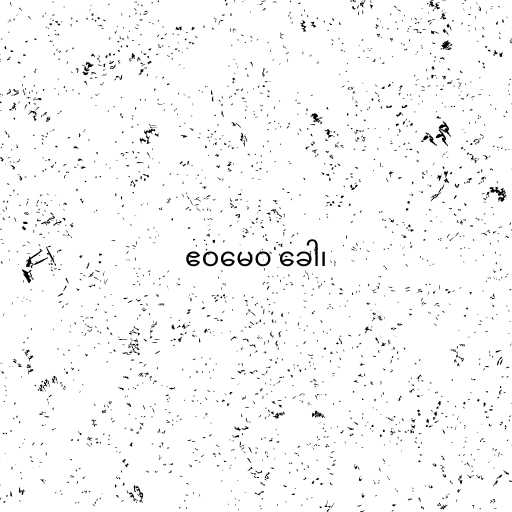
ဧဝမေဝ ခေါ၊